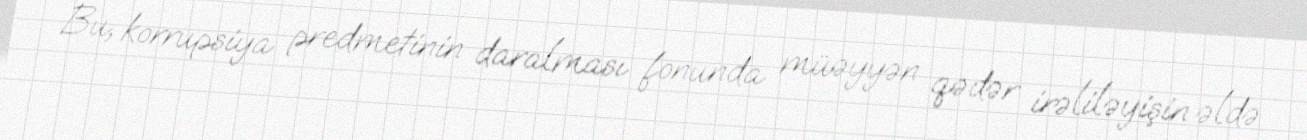
Bu, korrupsiya predmetinin daralması fonunda müəyyən qədər irəliləyişin əldə